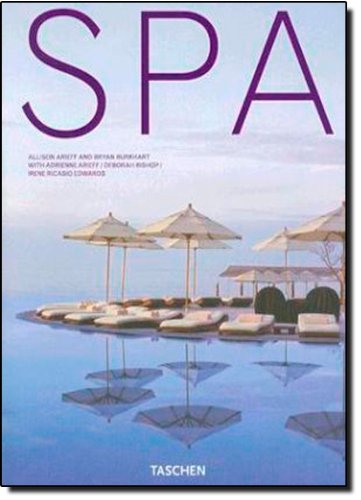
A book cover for Spa (Taschen 25th Anniversary); Allison Arieff; Travel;